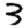
Digit: 3